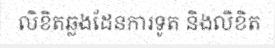
លិខិតឆ្លងដែនការទូត និងលិខិត